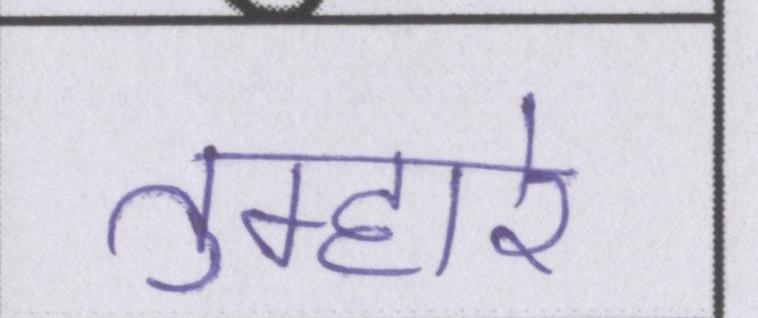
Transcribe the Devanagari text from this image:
तुम्हारे